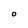
Character: O